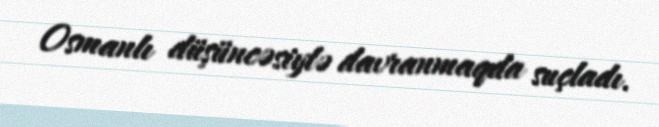
Osmanlı düşüncəsiylə davranmaqda suçladı.